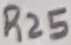
Text: R25